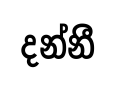
දන්නී